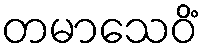
တမာသေဝိံ